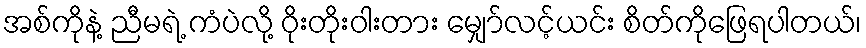
အစ်ကိုနဲ့ ညီမရဲ့ ကံပဲလို့ ဝိုးတိုးဝါးတား မျှော်လင့်ယင်း စိတ်ကိုဖြေရပါတယ်၊